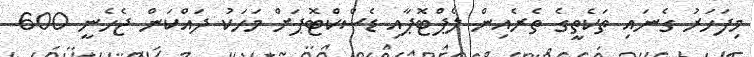
މިފަހަރު ގެނައި ތަކެތީގެ ތެރެއިން ލެޕްޓޮޕާއި ޑެސްކްޓޮޕަށް މަހަކު ދައްކަން ޖެހެނީ 600